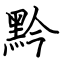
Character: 黔